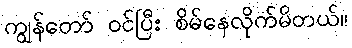
ကျွန်တော် ဝင်ပြီး စိမ်နေလိုက်မိတယ်။